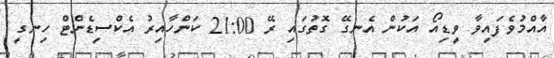
އާއްމުވެފައިވާ ވީޑިއޯ އަކުން އެނގޭ ގޮތުގައި ރޭ 21:00 ކަންހާއިރު އެކްސިޑެންޓް ހިނގީ